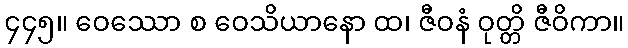
၄၄၅။ ဝေဿော စ ဝေသိယာနော ထ၊ ဇီဝနံ ဝုတ္တိ ဇီဝိကာ။